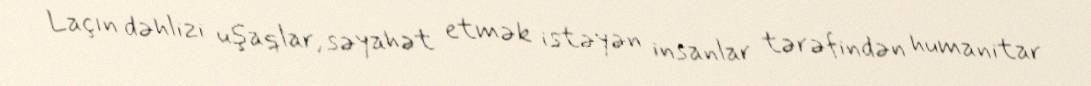
Laçın dəhlizi uşaqlar, səyahət etmək istəyən insanlar tərəfindən humanitar